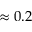
\approx 0 . 2